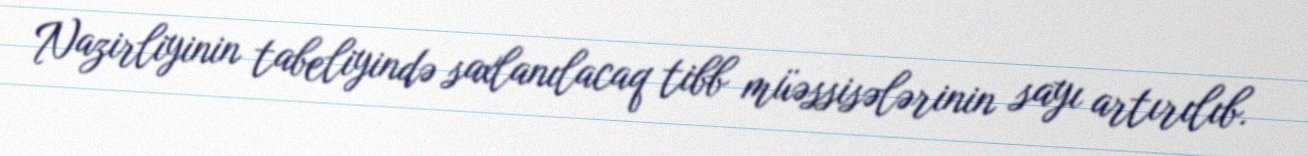
Nazirliyinin tabeliyində saxlanılacaq tibb müəssisələrinin sayı artırılıb.